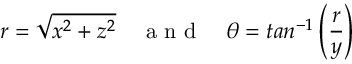
r = \sqrt { x ^ { 2 } + z ^ { 2 } } \quad \mathrm { ~ a ~ n ~ d ~ } \quad \theta = t a n ^ { - 1 } \left( \frac { r } { y } \right)